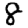
Digit: 8